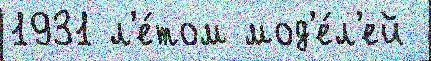
1931 л'е́том мод'е́л'ей